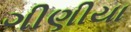
ગીણીયા